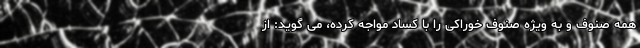
همه صنوف و به ویژه صنوف خوراکى را با کساد مواجه کرده، مى گوید: از